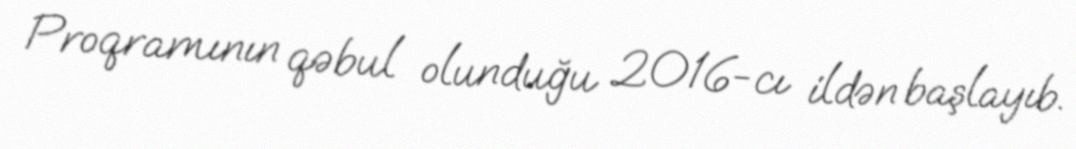
Proqramının qəbul olunduğu 2016-cı ildən başlayıb.